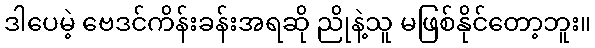
ဒါပေမဲ့ ဗေဒင်ကိန်းခန်းအရဆို ညိုနဲ့သူ မဖြစ်နိုင်တော့ဘူး။